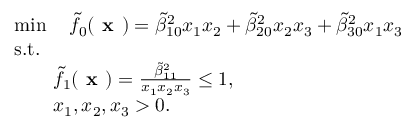
\begin{array} { r l } & { \operatorname* { m i n } \quad \tilde { f } _ { 0 } ( \textbf { x } ) = \tilde { \beta } _ { 1 0 } ^ { 2 } x _ { 1 } x _ { 2 } + \tilde { \beta } _ { 2 0 } ^ { 2 } x _ { 2 } x _ { 3 } + \tilde { \beta } _ { 3 0 } ^ { 2 } x _ { 1 } x _ { 3 } } \\ & { \mathrm { s . t . } } \\ & { \qquad \tilde { f } _ { 1 } ( \textbf { x } ) = \frac { \tilde { \beta } _ { 1 1 } ^ { 2 } } { x _ { 1 } x _ { 2 } x _ { 3 } } \leq 1 , } \\ & { \qquad x _ { 1 } , x _ { 2 } , x _ { 3 } > 0 . } \end{array}